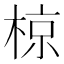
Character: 椋